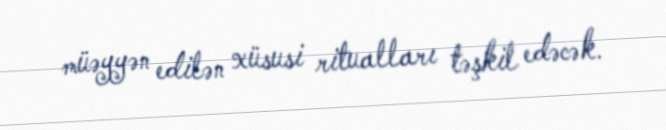
müəyyən edilən xüsusi ritualları təşkil edəcək.